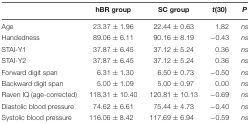
<table><thead><tr><td></td><td><b>hBR group</b></td><td><b>SC group</b></td><td><b><i>t</i>(30)</b></td><td><b><i>P</i></b></td></tr></thead><tbody><tr><td>Age</td><td>23.37 ± 1.96</td><td>22.44 ± 0.63</td><td>1.82</td><td><i>ns</i></td></tr><tr><td>Handedness</td><td>89.06 ± 6.11</td><td>90.16 ± 8.19</td><td>-0.43</td><td><i>ns</i></td></tr><tr><td>STAI-Y1</td><td>37.87 ± 6.45</td><td>37.12 ± 5.24</td><td>0.36</td><td><i>ns</i></td></tr><tr><td>STAI-Y2</td><td>37.87 ± 6.45</td><td>37.12 ± 5.24</td><td>0.36</td><td><i>ns</i></td></tr><tr><td>Forward digit span</td><td>6.31 ± 1.30</td><td>6.50 ± 0.73</td><td>-0.50</td><td><i>ns</i></td></tr><tr><td>Backward digit span</td><td>5.00 ± 1.09</td><td>5.00 ± 0.97</td><td>0.00</td><td><i>ns</i></td></tr><tr><td>Raven IQ (age-corrected)</td><td>118.31 ± 10.40</td><td>120.81 ± 10.13</td><td>-0.69</td><td><i>ns</i></td></tr><tr><td>Diastolic blood pressure</td><td>74.62 ± 6.61</td><td>75.44 ± 4.73</td><td>-0.40</td><td><i>ns</i></td></tr><tr><td>Systolic blood pressure</td><td>116.06 ± 8.42</td><td>117.69 ± 6.94</td><td>-0.59</td><td><i>ns</i></td></tr></tbody></table>